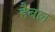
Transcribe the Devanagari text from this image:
हैबल